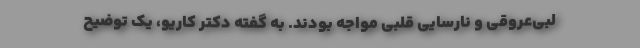
لبی‌عروقی و نارسایی قلبی مواجه بودند. به گفته دکتر کاریو، یک توضیح